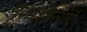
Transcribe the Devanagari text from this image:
नृत्यशालाएँ